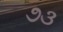
૭૩